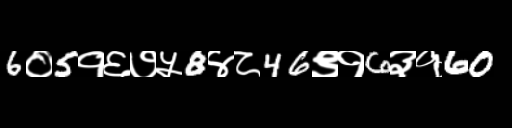
Text: 6०5१६७५8४८46९१6३१60